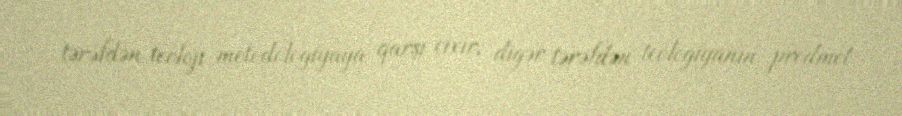
tərəfdən teoloji metodologiyaya qarşı çıxır, digər tərəfdən teologiyanın predmet